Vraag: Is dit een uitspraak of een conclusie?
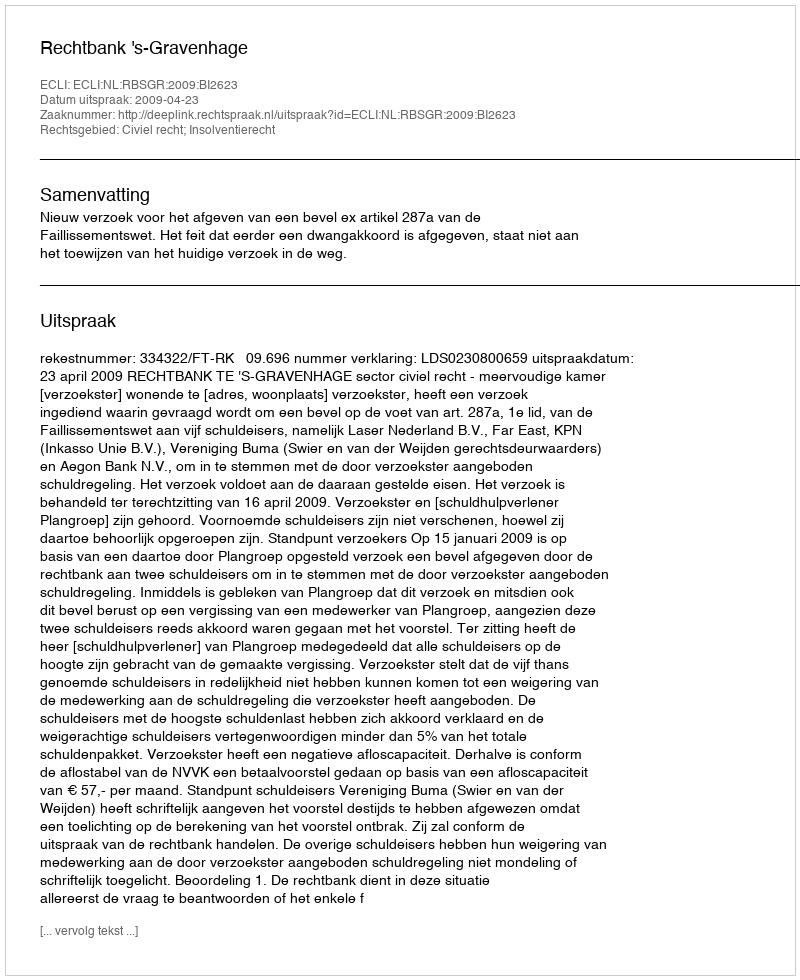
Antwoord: Uitspraak